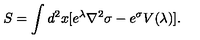
S = \int d ^ { 2 } x [ e ^ { \lambda } \nabla ^ { 2 } \sigma - e ^ { \sigma } V ( \lambda ) ] .